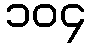
၁၀၄